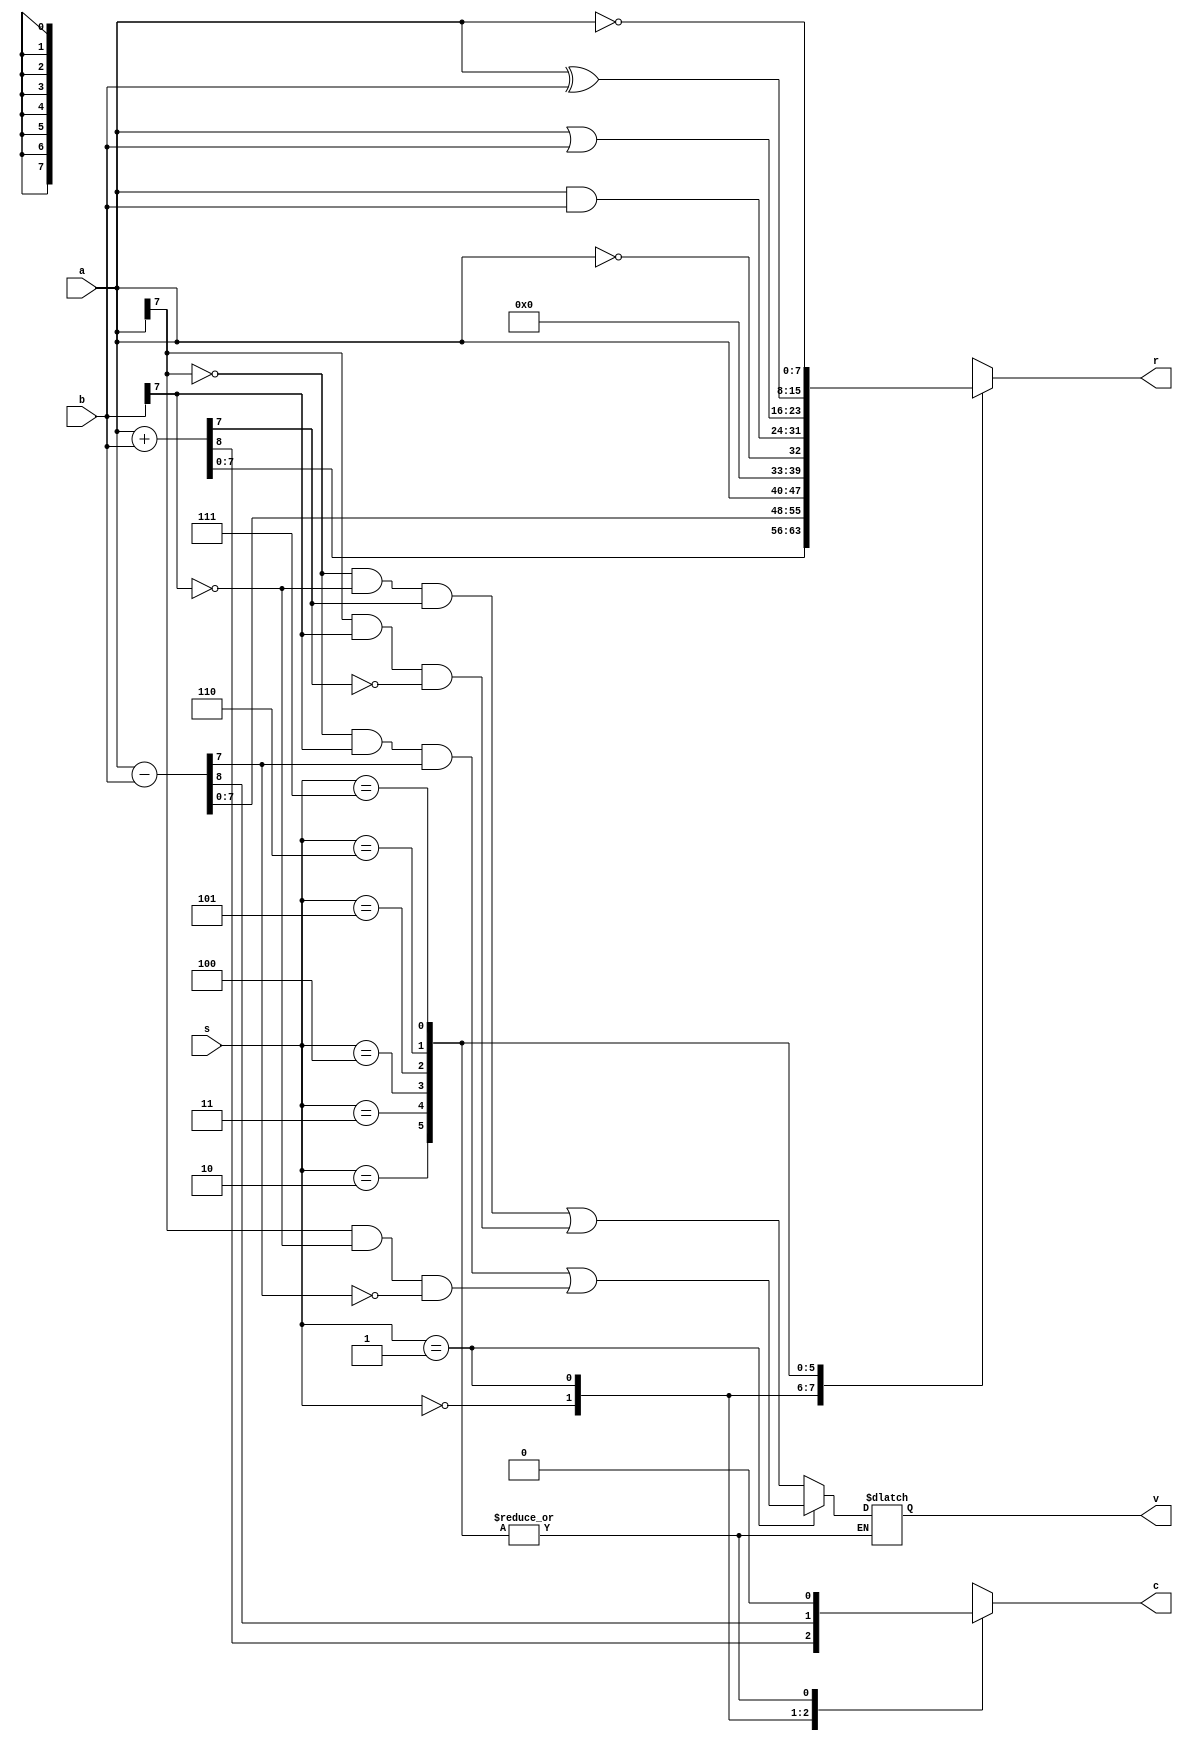
`timescale 1ns / 1ps
//////////////////////////////////////////////////////////////////////////////////
// Company: 
// Engineer: 
// 
// Design Name: 
// Module Name: alu 
// Project Name: 
// Target Devices: 
// Tool Versions: 
// Description: 
// 
// Dependencies: 
// 
// Revision:
// Revision 0.01 - File Created
// Additional Comments:
// 
//////////////////////////////////////////////////////////////////////////////////


module alu(
    input   [7:0] a, //operand
    input   [7:0] b, //operand
    input   [2:0] s, //operation Select
    output  [7:0] r, //the Result value
    output        c, //for unsigned Carry
    output   v  //for signed oVerflow
);

wire [9:0] a9 = {1'h0, a};
wire [9:0] b9 = {1'h0, b};
reg [8:0] r9;
reg ov;
reg co;
always @(*)
begin
    case (s)
    
        3'b000: begin 
            //Addition
            r9 = a + b;
            co = r9[8];
            ov = ~a[7]&~b[7]&r9[7] | a[7]&b[7]&~r9[7];
        end
        3'b001: begin
            // Subtraction
            r9 = a9 - b9;
            //if (a < b) begin 
            //    co = 1;
            //end
            co = r9[8];
            
            //if (b9>a9) begin
            //    co = 1;
            //end
            ov = ~a[7]&b[7]&r9[7] | a[7]&~b[7]&~r9[7];
        end
        3'b010: begin
            //Transfer
            r9 = a;
            co = 0;
        end
        3'b011: begin
            // Test
            r9 = (a == 0);
            co = 0;
        end
        3'b100: begin
            // Bitwise AND
            r9 = a&b;
            co = 0;
        end
        3'b101: begin
            // Bitwise OR
            r9 = a|b;
            co = 0;
        end
        3'b110: begin
            // Bitwise XOR
            r9 = a^b;
            co = 0;
        end
        3'b111: begin
            // Bitwise NOT
            r9 = ~a9;
            co = 0;
        end
    endcase
end

assign r[7:0] = r9[7:0];
assign c = co;
assign v = ov;
endmodule